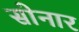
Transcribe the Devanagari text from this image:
साेनार